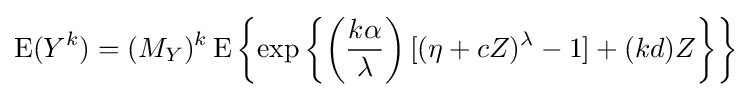
\operatorname {E} (Y^{k})=(M_{Y})^{k}\operatorname {E} \left\{\exp \left\{\left({\frac {k\alpha }{\lambda }}\right)[(\eta +cZ)^{\lambda }-1]+(kd)Z\right\}\right\}